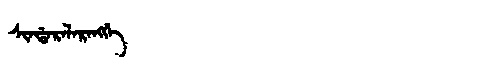
Manchu: ᠰᡳᠨᡩᠠᡵᠠᠯᠠᡵᠠᠩᡤᡝ
Romanization: SINDARALARANGGE